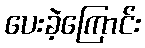
ပေးခဲ့ကြောင်း